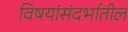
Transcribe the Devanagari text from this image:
विषयांसंदर्भातील